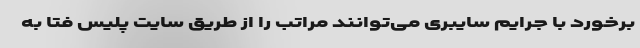
برخورد با جرایم سایبری می‌توانند مراتب را از طریق سایت پلیس فتا به